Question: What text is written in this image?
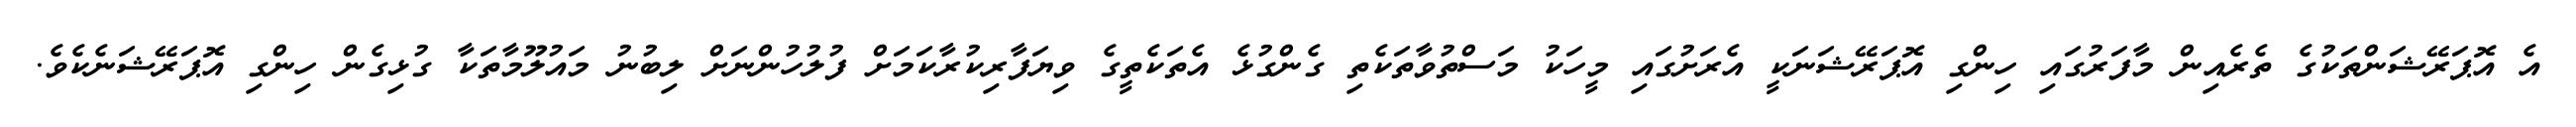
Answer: އެ އޮޕަރޭޝަންތަކުގެ ތެރެއިން މާފަރުގައި ހިންގި އޮޕަރޭޝަނަކީ އެރަށުގައި މީހަކު މަސްތުވާތަކެތި ގެންގުޅެ އެތަކެތީގެ ވިޔަފާރިކުރާކަމަށް ފުލުހުންނަށް ލިބުނު މައުލޫމާތަކާ ގުޅިގެން ހިންގި އޮޕަރޭޝަނެކެވެ.